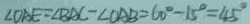
\angle O A E = \angle B A C - \angle C A B = 6 0 ^ { \circ } - 1 5 ^ { \circ } = 4 5 ^ { \circ }